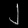
Digit: ၂